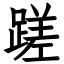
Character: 蹉